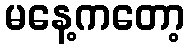
မနေ့ကတော့